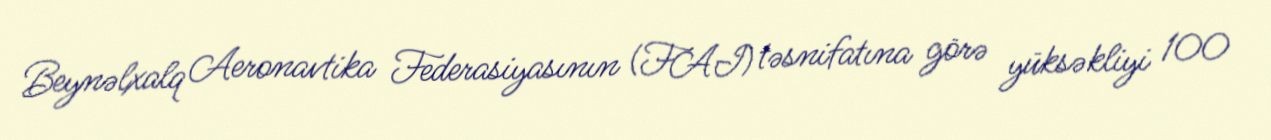
Beynəlxalq Aeronavtika Federasiyasının (FAI) təsnifatına görə yüksəkliyi 100